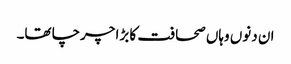
ان دنوں وہاں صحافت کا بڑا چرچا تھا۔